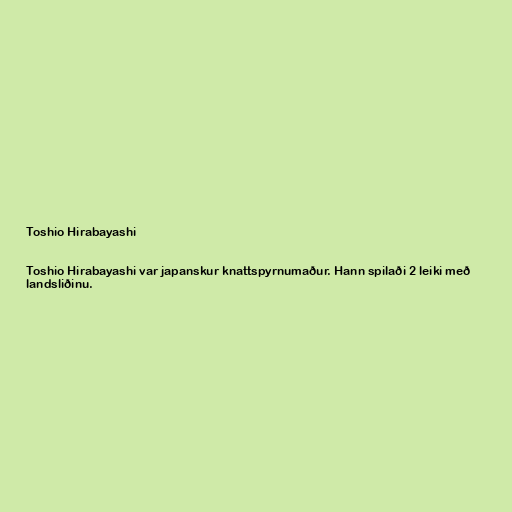
Toshio Hirabayashi

Toshio Hirabayashi var japanskur knattspyrnumaður. Hann spilaði 2 leiki með
landsliðinu.